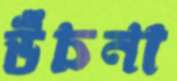
উঁচনা